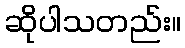
ဆိုပါသတည်း။